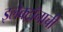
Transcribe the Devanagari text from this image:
इलेक्ट्रॉनाची